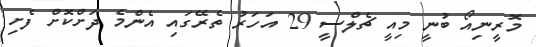
މޮރީނިއޯ ބުނީ މިއީ ޗެލްސީ 29 އަހަރު ތެރޭގައި އެންމެ ދަށްކޮށް ފެށި